Reports on dispensaries and lunatic asylums in the Province of Oudh - 1869-1876
Year: 1869
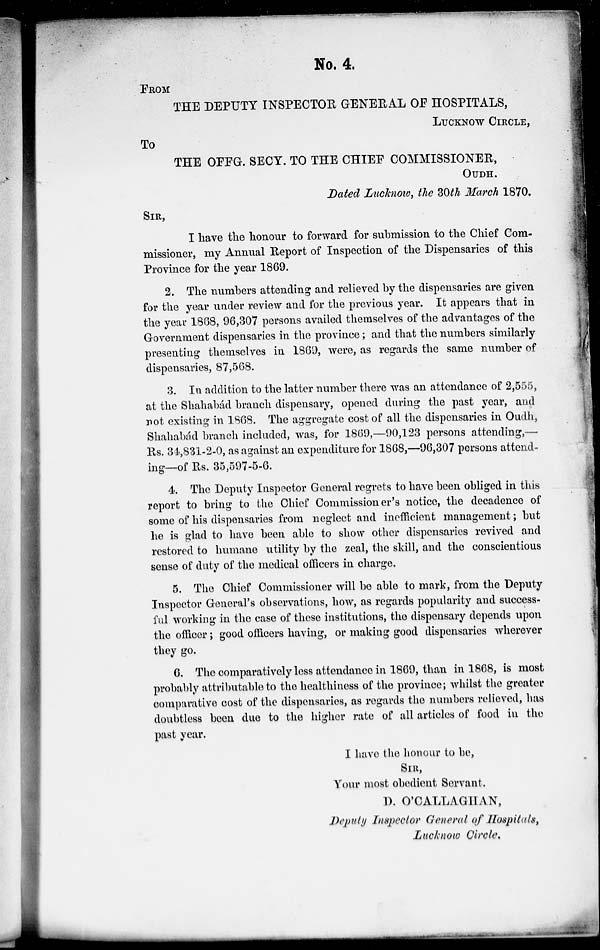
No. 4.
FROM
THE DEPUTY INSPECTOR GENERAL OF HOSPITALS,
LUCKNOW CIRCLE,
TO
THE OFFG. SECY. TO THE CHIEF COMMISSIONER,
OUDH.
Dated Lucknow, the 30th March 1870.
SIR,
I have the honour to forward for submission to the Chief Com-
missioner, my Annual Report of Inspection of the Dispensaries of this
Province for the year 1869.
2. The numbers attending and relieved by the dispensaries are given
for the year under review and for the previous year. It appears that in
the year 1868, 96,307 persons availed themselves of the advantages of the
Government dispensaries in the province ; and that the numbers similarly
presenting themselves in 1869, were, as regards the same number of
dispensaries, 87,568.
3. In addition to the latter number there was an attendance of 2,555,
at the Shahabád branch dispensary, opened during the past year, and
not existing in 1868. The aggregate cost of all the dispensaries in Oudh,
Shahabád branch included, was, for 1869,—90,123 persons attending,—
Rs. 34,831-2-0, as against an expenditure for 1868,—96,307 persons attend-
ing—of Rs. 35,597-5-6.
4. The Deputy Inspector General regrets to have been obliged in this
report to bring to the Chief Commissioner's notice, the decadence of
some of his dispensaries from neglect and inefficient management ; but
he is glad to have been able to show other dispensaries revived and
restored to humane utility by the zeal, the skill, and the conscientious
sense of duty of the medical officers in charge.
5. The Chief Commissioner will be able to mark, from the Deputy
Inspector General's observations, how, as regards popularity and success-
ful working in the case of these institutions, the dispensary depends upon
the officer ; good officers having, or making good dispensaries wherever
they go.
6. The comparatively less attendance in 1869, than in 1868, is most
probably attributable to the healthiness of the province; whilst the greater
comparative cost of the dispensaries, as regards the numbers relieved, has
doubtless been due to the higher rate of all articles of food in the
past year.
I have the honour to be,
SIR,
Your most obedient Servant.
D. O'CALLAGHAN,
Deputy Inspector General of Hospitals,
Lucknow Circle.